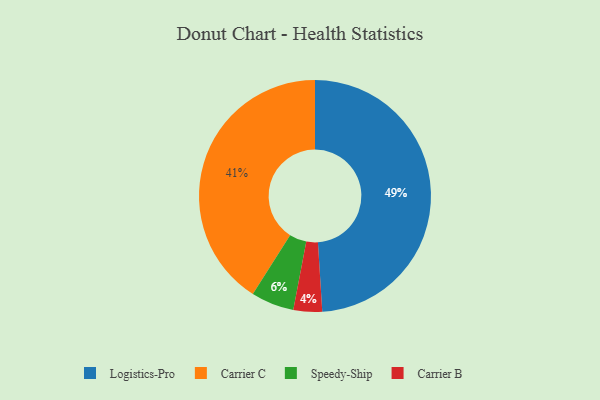
{"axis": {"x": "Category", "y": "Percentage"}, "legend": ["Carrier B", "Carrier C", "Logistics-Pro", "Speedy-Ship"], "data": [{"x": "Carrier C", "y": 41, "type": "Carrier C"}, {"x": "Speedy-Ship", "y": 6, "type": "Speedy-Ship"}, {"x": "Logistics-Pro", "y": 49, "type": "Logistics-Pro"}, {"x": "Carrier B", "y": 4, "type": "Carrier B"}]}